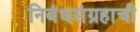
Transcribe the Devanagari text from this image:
निबंधसंग्रहाची